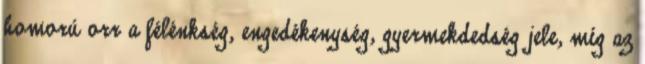
homorú orr a félénkség, engedékenység, gyermekdedség jele, míg az